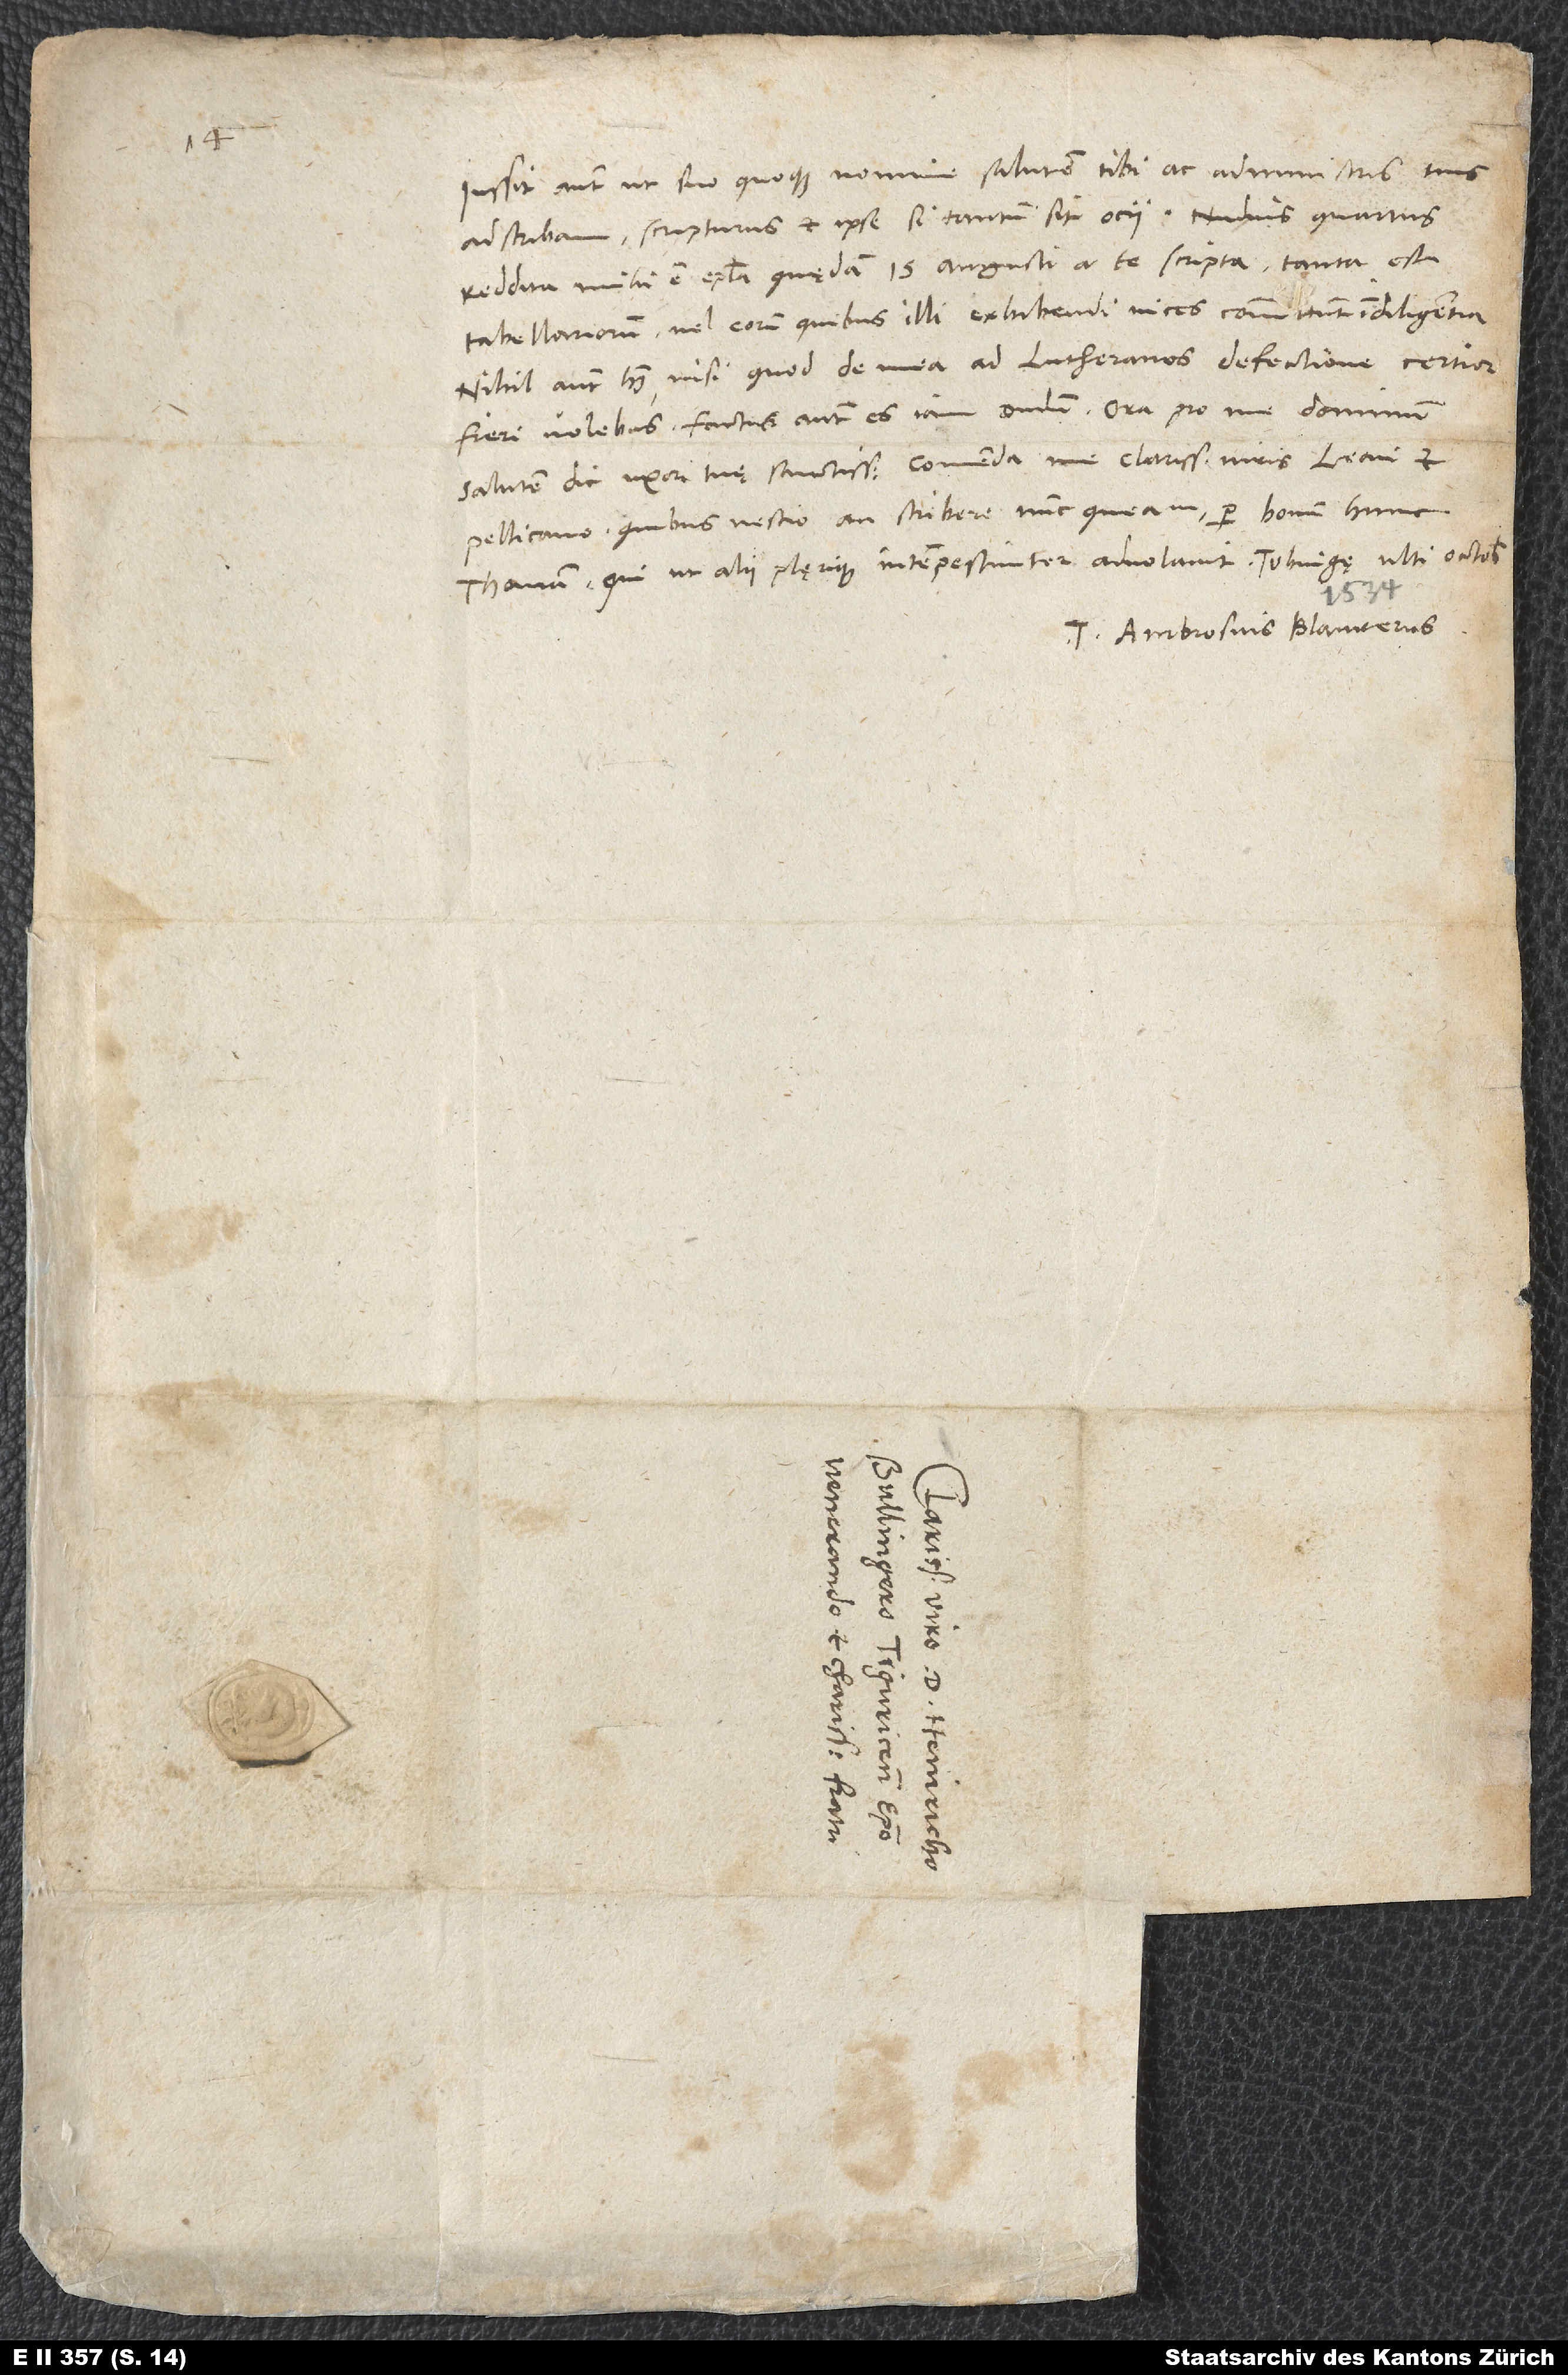
Iussit autem, ut suo nomine salutem tibi ac administris tuis
reddita mihi est epistola Quaedam 15. augusti a te scripta. Tanta est
tabellariorum vel eorum, quibus illi exhibendi vices committunt, indiligentia.
Nihil autem habet, nisi quod de mea ad Lutheranos defectione certior
fieri volebas. Factus autem es iamdudum. Ora pro me dominum.
Salutem dic uxori tuae sanctissimae. Commenda me clarissimis viris Leoni et
Pellicano, quibus nescio an scribere nunc queam per bonum hunc
Tuus Ambrosius Blaurerus.
d.